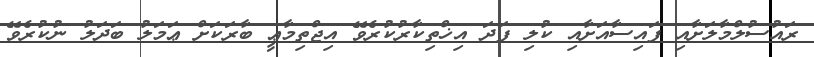
ރައުސުލްމާލަށާއި ފައިސާއަށާއި ކުލި ފަދަ އިޚްތިކާރުކުރެވޭ އިޖްތިމާޢީ ބާރަކަށް ޢަމަލު ބަދަލު ނުކުރެވޭ